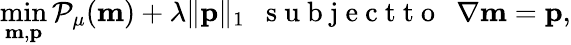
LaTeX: \operatorname*{min}_{\mathbf{m},\mathbf{p}}\mathcal{P}_{\mu}(\mathbf{m})+\lambda\| \mathbf{p}\| _{1}~~\mathrm{~s~u~b~j~e~c~t~t~o~}~~\nabla\mathbf{m}=\mathbf{p},